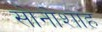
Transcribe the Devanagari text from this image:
सोनोशाह